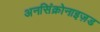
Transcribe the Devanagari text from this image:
अनसिंक्रोनाइज़ड